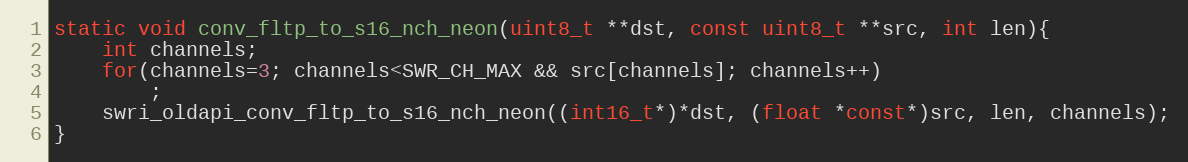
Language: C
static void conv_fltp_to_s16_nch_neon(uint8_t **dst, const uint8_t **src, int len){
    int channels;
    for(channels=3; channels<SWR_CH_MAX && src[channels]; channels++)
        ;
    swri_oldapi_conv_fltp_to_s16_nch_neon((int16_t*)*dst, (float *const*)src, len, channels);
}